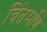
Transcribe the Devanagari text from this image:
चिंतमणि